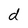
Character: d